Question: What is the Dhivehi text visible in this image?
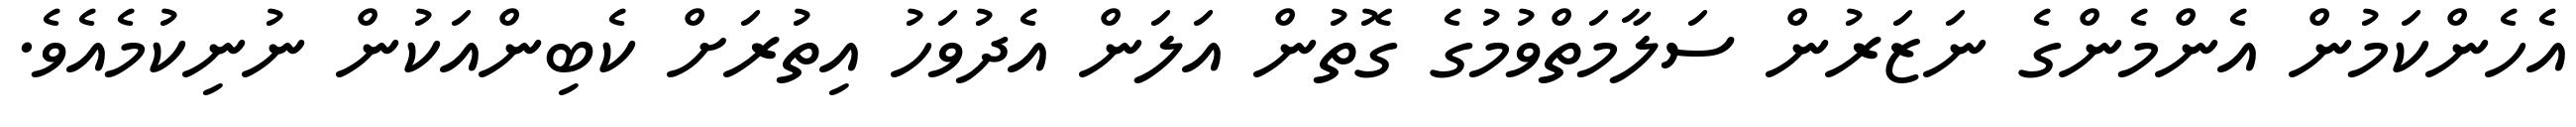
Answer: އެހެންކަމުން އެންމެންގެ ނަޒަރުން ސަލާމަތްވުމުގެ ގޮތުން އަލަން އެދުވަހު އިތުރަށް ކެބިންއަކުން ނުނިކުމެއެވެ.